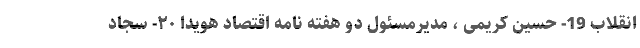
انقلاب 19- حسین کریمی ، مدیرمسئول دو هفته نامه اقتصاد هویدا ۲۰- سجاد